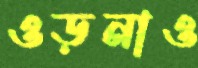
ওড়নাও